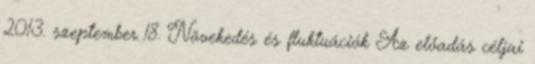
2013. szeptember 18. Növekedés és fluktuációk Az előadás céljai